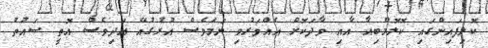
ކޮލިފައިންގައި ކޮލޮމްބިއާ އާއި ވާދަކޮށް އެއްވަރުވި ނަމަވެސް އުރުގުއޭ އަދިވެސް އޮތީ ސައުތު